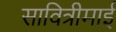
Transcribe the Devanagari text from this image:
सावित्रीमाई